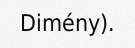
Dimény).